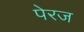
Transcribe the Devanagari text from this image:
पेरज